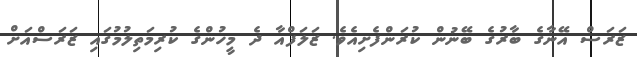
ޒަރަސް އޭނާގެ ބާރުގެ ބޭނުން ކުރަންފެށިއެވެ. ޒަލަފްއާ ދެ މީހުންގެ ކުރިމަތިލުމުގައި ޒަރަސްއަށް